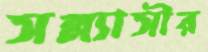
সন্ন্যাসীর